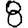
Digit: 8